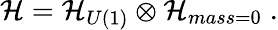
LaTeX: {\cal H}={\cal H}_{U(1)}\otimes{\cal H}_{mass=0}\; .